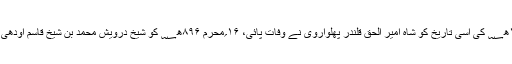
۱۲۸۳ھ؁ کی اسی تاریخ کو ازہر ہند دارالعلوم دیوبند کا قیام عمل میں آیا،اور ۱۳۰۴ھ؁ کی اسی تاریخ کو شاہ امیر الحق قلندر پھلواروی نے وفات پائی، ۱۶؍محرم ۸۹۶ھ؁ کو شیخ درویش محمد بن شیخ قاسمؒ اودھی نے سکندر لودھی کے دورحکومت میں جمعرات کے دن بعدنماز مغرب وفات پائی۔